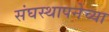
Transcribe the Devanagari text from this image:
संघस्थापनेच्या